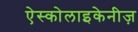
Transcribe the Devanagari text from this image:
ऐस्कोलाइकेनीज़